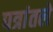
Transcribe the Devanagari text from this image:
पत्रांतले